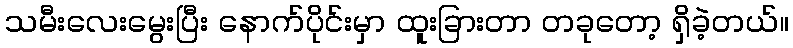
သမီးလေးမွေးပြီး နောက်ပိုင်းမှာ ထူးခြားတာ တခုတော့ ရှိခဲ့တယ်။